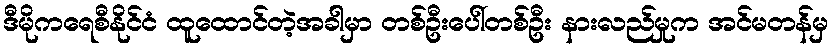
ဒီမိုကရေစီနိုင်ငံ ထူထောင်တဲ့အခါမှာ တစ်ဦးပေါ်တစ်ဦး နားလည်မှုက အင်မတန်မှ